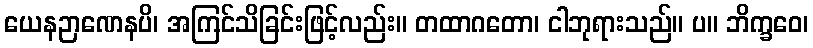
ယေနဉာဏေနပိ၊ အကြင်သိခြင်းဖြင့်လည်း။ တထာဂတော၊ ငါဘုရားသည်။ ပ။ ဘိက္ခဝေ၊